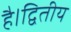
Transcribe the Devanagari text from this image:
है।द्वितीय